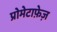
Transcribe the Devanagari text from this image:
प्रोमेटाफ़ेज़